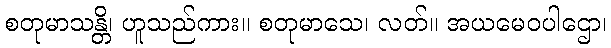
စတုမာသန္တိ၊ ဟူသည်ကား။ စတုမာသေ၊ လတ်။ အယမေဝပါဌော၊